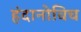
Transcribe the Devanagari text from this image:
हंदानोविच